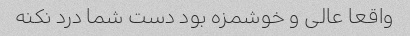
واقعا عالی و خوشمزه بود دست شما درد نکنه